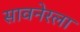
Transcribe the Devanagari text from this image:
सावनेरला